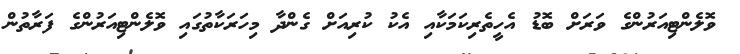
ވޮލެންޓިއަރުންގެ ވަރަށް ބޮޑު އެހީތެރިކަމަކާއި އެކު ކުރިއަށް ގެންދާ މިހަރަކާތުގައި ވޮލެންޓިއަރުންގެ ފަރާތުން